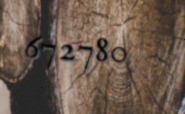
672780